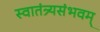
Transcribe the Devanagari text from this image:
स्वातंत्र्यसंभवम्